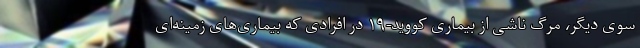
سوی دیگر، مرگ ناشی از بیماری کووید-۱۹ در افرادی که بیماری‌های زمینه‌ای